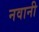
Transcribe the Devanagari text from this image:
नवानी